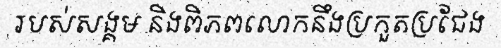
របស់សង្គម និងពិភពលោកនឹងប្រកួតប្រជែង